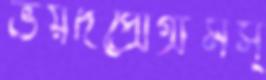
ভয়দপ্রোগ্রামস্